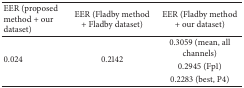
| EER (proposed method + our dataset) | EER (Fladby method + Fladby dataset) | EER (Fladby method + our dataset) |
 | --- | --- | --- |
 | <ROWSPAN=3> 0.024 | <ROWSPAN=3> 0.2142 | 0.3059 (mean, all channels) |
 | 0.2945 (Fp1) |
 | 0.2283 (best, P4) |